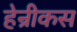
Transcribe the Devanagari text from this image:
हेन्रीकस